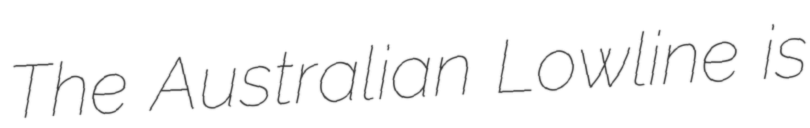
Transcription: The Australian Lowline is